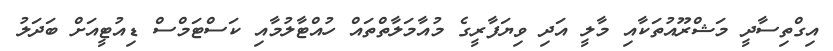
އިގްތިސާދީ މަޝްރޫއުތަކާއި މާލީ އަދި ވިޔަފާރީގެ މުއާމަލާތްތައް ހުއްޓާލުމާއި ކަސްޓަމްސް ޑިއުޓީއަށް ބަދަލު